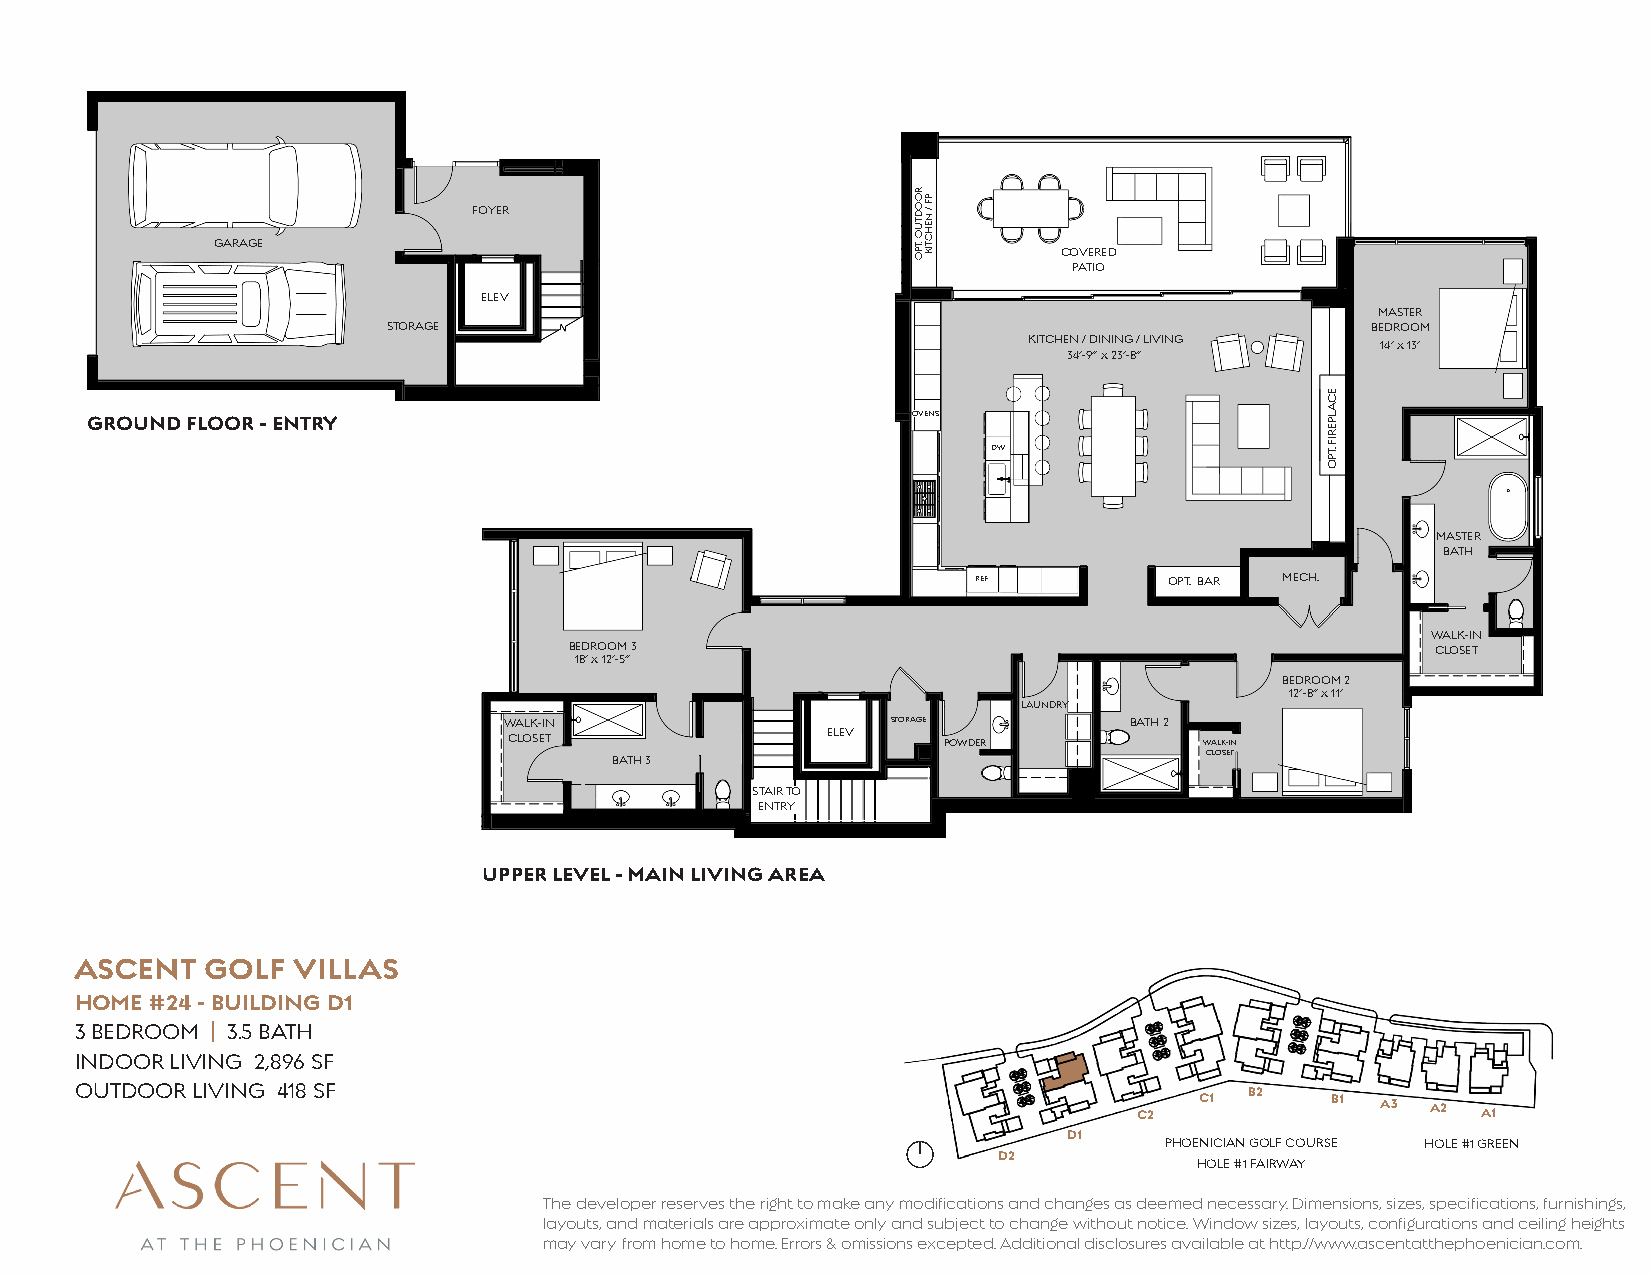
FOYER
 GARAGE                                                  COVERED
 PATIO
 ELEV
 MASTER
 STORAGE                                                          BEDROOM
 KITCHEN / DINING / LIVING 14’ x 13’
 34’-9” x 23’-8”
 GROUND FLOOR - ENTRY                                  OVENS
 DW
 MASTER
 BATH
 REF         OPT. BAR MECH.
 WALK-IN
 BEDROOM 3                                                CLOSET
 18’ x 12’-5”
 BEDROOM 2
 12’-8” x 11’
 LAUNDRY
 WALK-IN                   STORAGE         BATH 2
 CLOSET               ELEV   POWDER            WALK-IN
 BATH 3                                 CLOSET
 STAIR TO
 ENTRY
 UPPER LEVEL - MAIN LIVING AREA
 ASCENT   GOLF VILLAS
 HOME #24 - BUILDING D1
 3 BEDROOM | 3.5 BATH
 INDOOR LIVING 2,896 SF
 OUTDOOR LIVING 418 SF                                                         B2
 C2  C1       B1 A3  A2 A1
 D1
 PHOENICIAN GOLF COURSE HOLE #1 GREEN
 D2
 HOLE #1 FAIRWAY
 The developer reserves the right to make any modifications and changes as deemed necessary. Dimensions, sizes, specifications, furnishings,
 layouts, and materials are approximate only and subject to change without notice. Window sizes, layouts, configurations and ceiling heights
 may vary from home to home. Errors & omissions excepted. Additional disclosures available at http://www.ascentatthephoenician.com.
 ROODTUO
 .TPO
 PF
 / NEHCTIK
 ECALPERIF
 .TPO